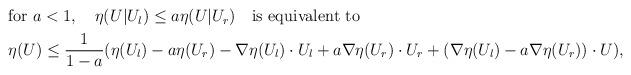
LaTeX: \begin{align*}\begin{aligned}&\mbox{for}~a<1,\quad\eta(U|U_l) \le a\eta(U|U_r) \quad\mbox{is equivalent to}\\&\eta(U) \le \frac{1}{1-a} (\eta(U_l)-a\eta(U_r) -\nabla \eta(U_l)\cdot U_l + a\nabla \eta(U_r)\cdot U_r +(\nabla \eta(U_l)-a\nabla \eta(U_r))\cdot U),\end{aligned} \end{align*}